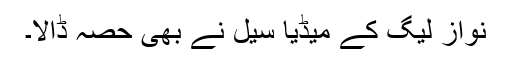
نواز لیگ کے میڈیا سیل نے بھی حصہ ڈالا۔